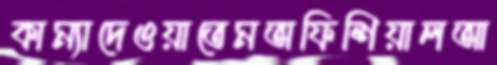
কাম্যাদেওয়াতেমঅফিশিয়ালআ